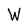
Character: W